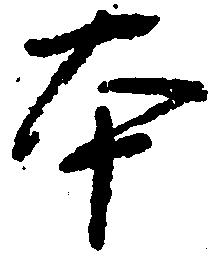
本